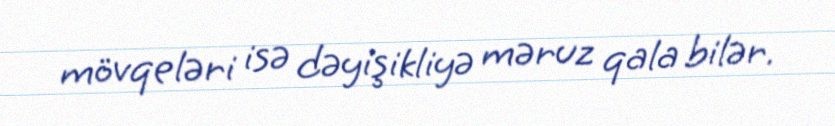
mövqeləri isə dəyişikliyə məruz qala bilər.